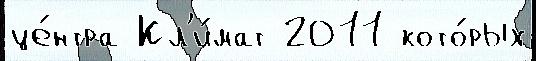
це́нтра Кл'и́мат 2011 кото́рых